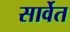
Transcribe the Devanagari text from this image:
सार्वेत